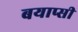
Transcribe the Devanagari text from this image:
बयाप्सी